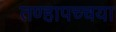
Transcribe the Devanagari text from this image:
तण्हापच्चया